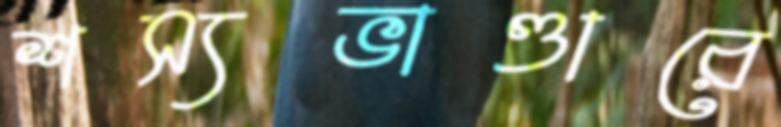
শস্যভাণ্ডারে